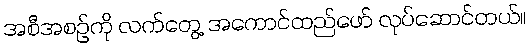
အစီအစဉ်ကို လက်တွေ့ အကောင်ထည်ဖော် လုပ်ဆောင်တယ်။